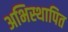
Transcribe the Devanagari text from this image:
अभिस्थापित